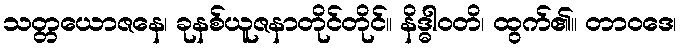
သတ္တယောဇနေ၊ ခုနစ်ယူဇနာတိုင်တိုင်။ နိဒ္ဓါဝတိ၊ ထွက်၏။ တာဝဒေ၊